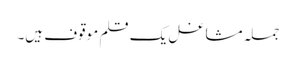
جملہ مشاغل یک قلم موقوف ہیں۔